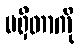
မရှိတာကို